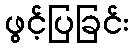
ဖွင့်ပြခြင်း